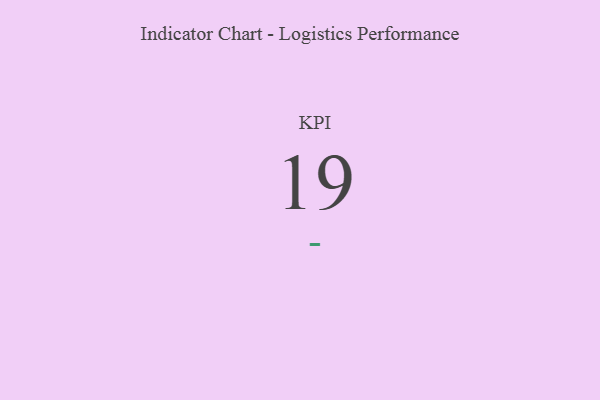
{"axis": {"x": "KPI", "y": "Value"}, "legend": [""], "data": [{"x": "KPI", "y": 19, "type": ""}]}